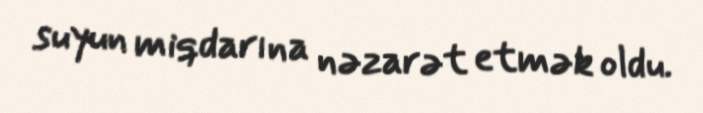
suyun miqdarına nəzarət etmək oldu.